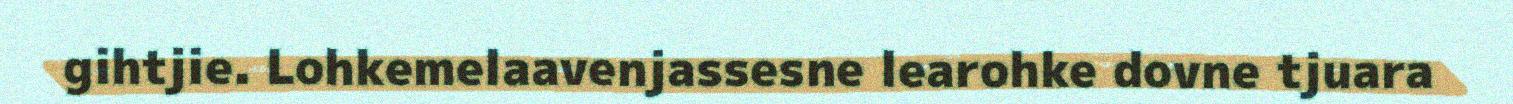
gihtjie. Lohkemelaavenjassesne learohke dovne tjuara